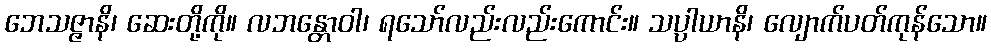
ဘေသဇ္ဇာနိ၊ ဆေးတို့ကို။ လဘန္တောဝါ၊ ရသော်လည်းလည်းကောင်း။ သပ္ပါယာနိ၊ လျောက်ပတ်ကုန်သော။